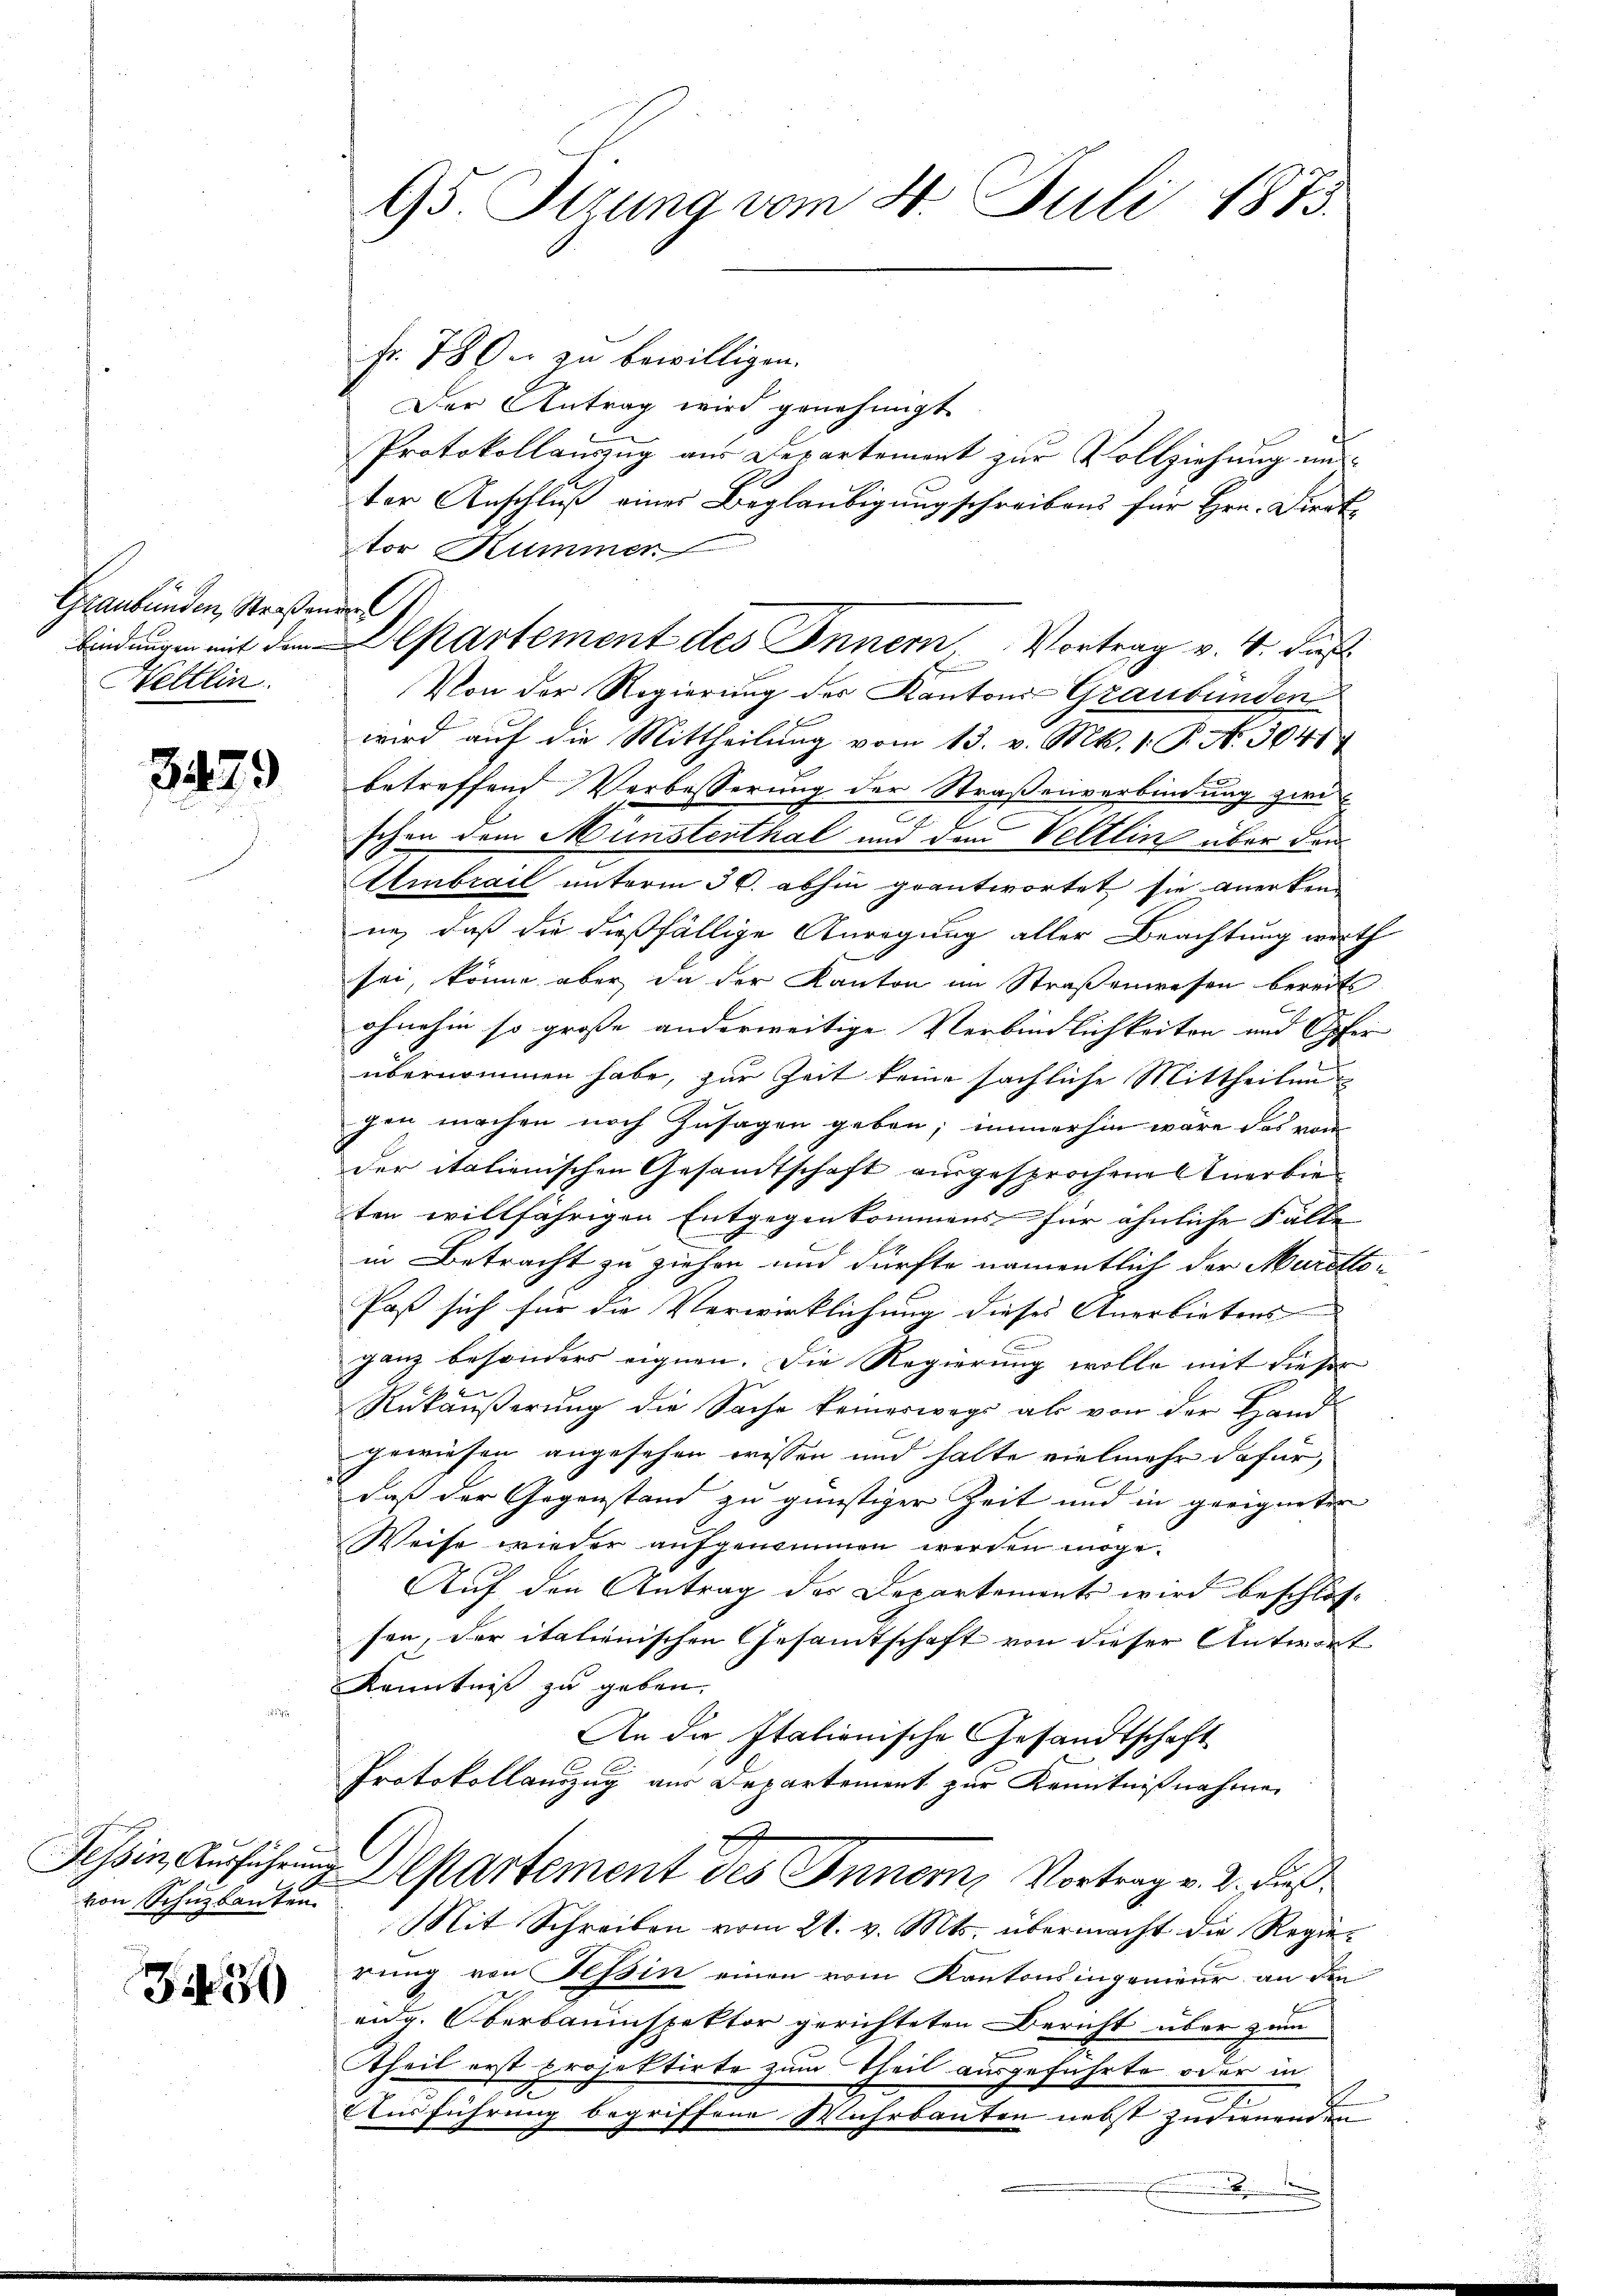
Graubünden, Straßenden G
Hettlin

3479

von Schuzkanten.

330

Fr. 789 u. zu bewilligen.
Der Antrag wird genehmigt
Protokollauszug aus Departement zur Vollziehung und
ter Anschluß eines Beglaubigung schreibens für Hrn. Direktor Kummer
bindungen mit dem Departement des Innern, Vortrag v. 4. Fuß
Von der Regierung der Kantons Graubünden
wird auf die Mittheilung vom 13. v. Mts. (: P. Nr. 304
betreffend Verbesserung der Straßenverbindung zwi
schon dem Münstenthal und dem Veltlin über den
Ambrail unterm 30. abhin geantwortet sie anerken
ne, daß die dießfällige Anregung aller Beachtung werth
sei, könne aber da der Kanton im Straßenwesen bereits
ohnehin so grosse anderweitige Verbindlichkeiten und Opfer |
übernommen habe, zur Zeit keine sächliche Mittheilen
gen machen noch Zusagen geben; immerhin wäre das von
der italienischen Gesandtschaft ausgesprochenes Anerbieten willfährigen Entgegenkommens für ähnliche Fälle
in Betracht zu ziehen und dürfte namentlich der Maretto¬
Paß sich für die Verwirklichung dieses Anerbietens
ganz besonders eignen. Die Regierung wolle mit dieser
Rükäußerung die Sache keineswegs als von der Hand
gewiesen angesehen wissen und halte vielmehr dafür,
daß der Gegenstand zu günstiger Zeit und in geeigneten
Weise wieder aufgenommen werden möge.
Auf den Antrag der Departements wird beschlos-
sen, der italienischen Gesandtschaft von dieser Antwort
Kenntniß zu geben.
An die Italienische Gesandtschaft
Protokollauszug aus Departement zur Kenntnißnahmen
E
Tessin, Ausführung Departement des Innern, Vortrag v. 2. dieß¬
Mit Schreiben vom 21. v. Mts. übermacht die Regie-
rung von Tessin einen vom Kantonsingenieur an den
eidg. Oberbauinspektor gerichteten Bericht über zum
theil erst projektirte zum Theil ausgeführte oder in
Ausführung begriffene Wuhrbauten nebst zudienenden

95. Sizung vom 4. Juli 1873.

B